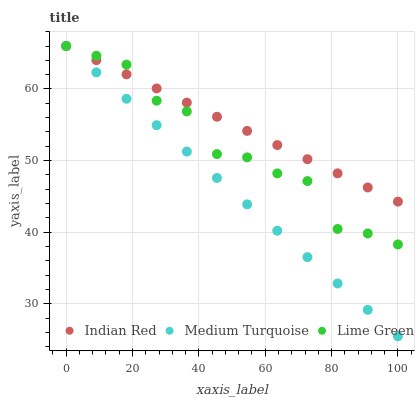
| xaxis_label | Indian Red | Medium Turquoise | Lime Green |
 | --- | --- | --- | --- |
 | 0 | 66 | 66 | 66 |
 | 9.09 | 64 | 62.3 | 64.6 |
 | 18.2 | 62 | 58.6 | 63.4 |
 | 27.3 | 60.1 | 54.9 | 58.4 |
 | 36.4 | 58.1 | 51.3 | 56.9 |
 | 45.5 | 56.1 | 47.6 | 50.9 |
 | 54.5 | 54.1 | 43.9 | 50.4 |
 | 63.6 | 52.2 | 40.2 | 48.2 |
 | 72.7 | 50.2 | 36.5 | 47.1 |
 | 81.8 | 48.2 | 32.8 | 40.4 |
 | 90.9 | 46.2 | 29.1 | 39.8 |
 | 100 | 44.3 | 25.5 | 38.3 |